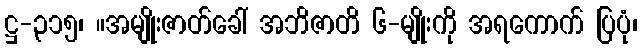
ဋ္ဌ-၃၁၅၊ ။အမျိုးဇာတ်ခေါ် အဘိဇာတိ ၆-မျိုးကို အရကောက် ပြပုံ၊